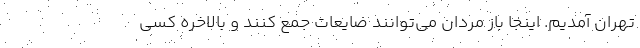
تهران آمدیم. اینجا باز مردان می‌توانند ضایعات جمع کنند و بالاخره کسی